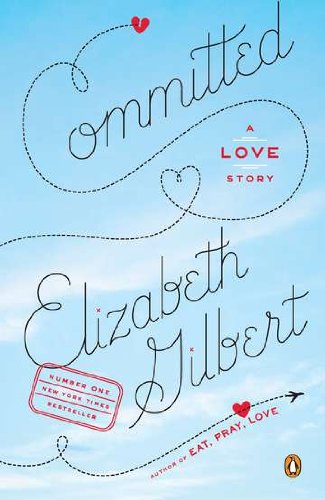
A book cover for Committed: A Love Story; Elizabeth Gilbert; Parenting & Relationships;